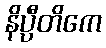
နိပ္ပီတိကေ